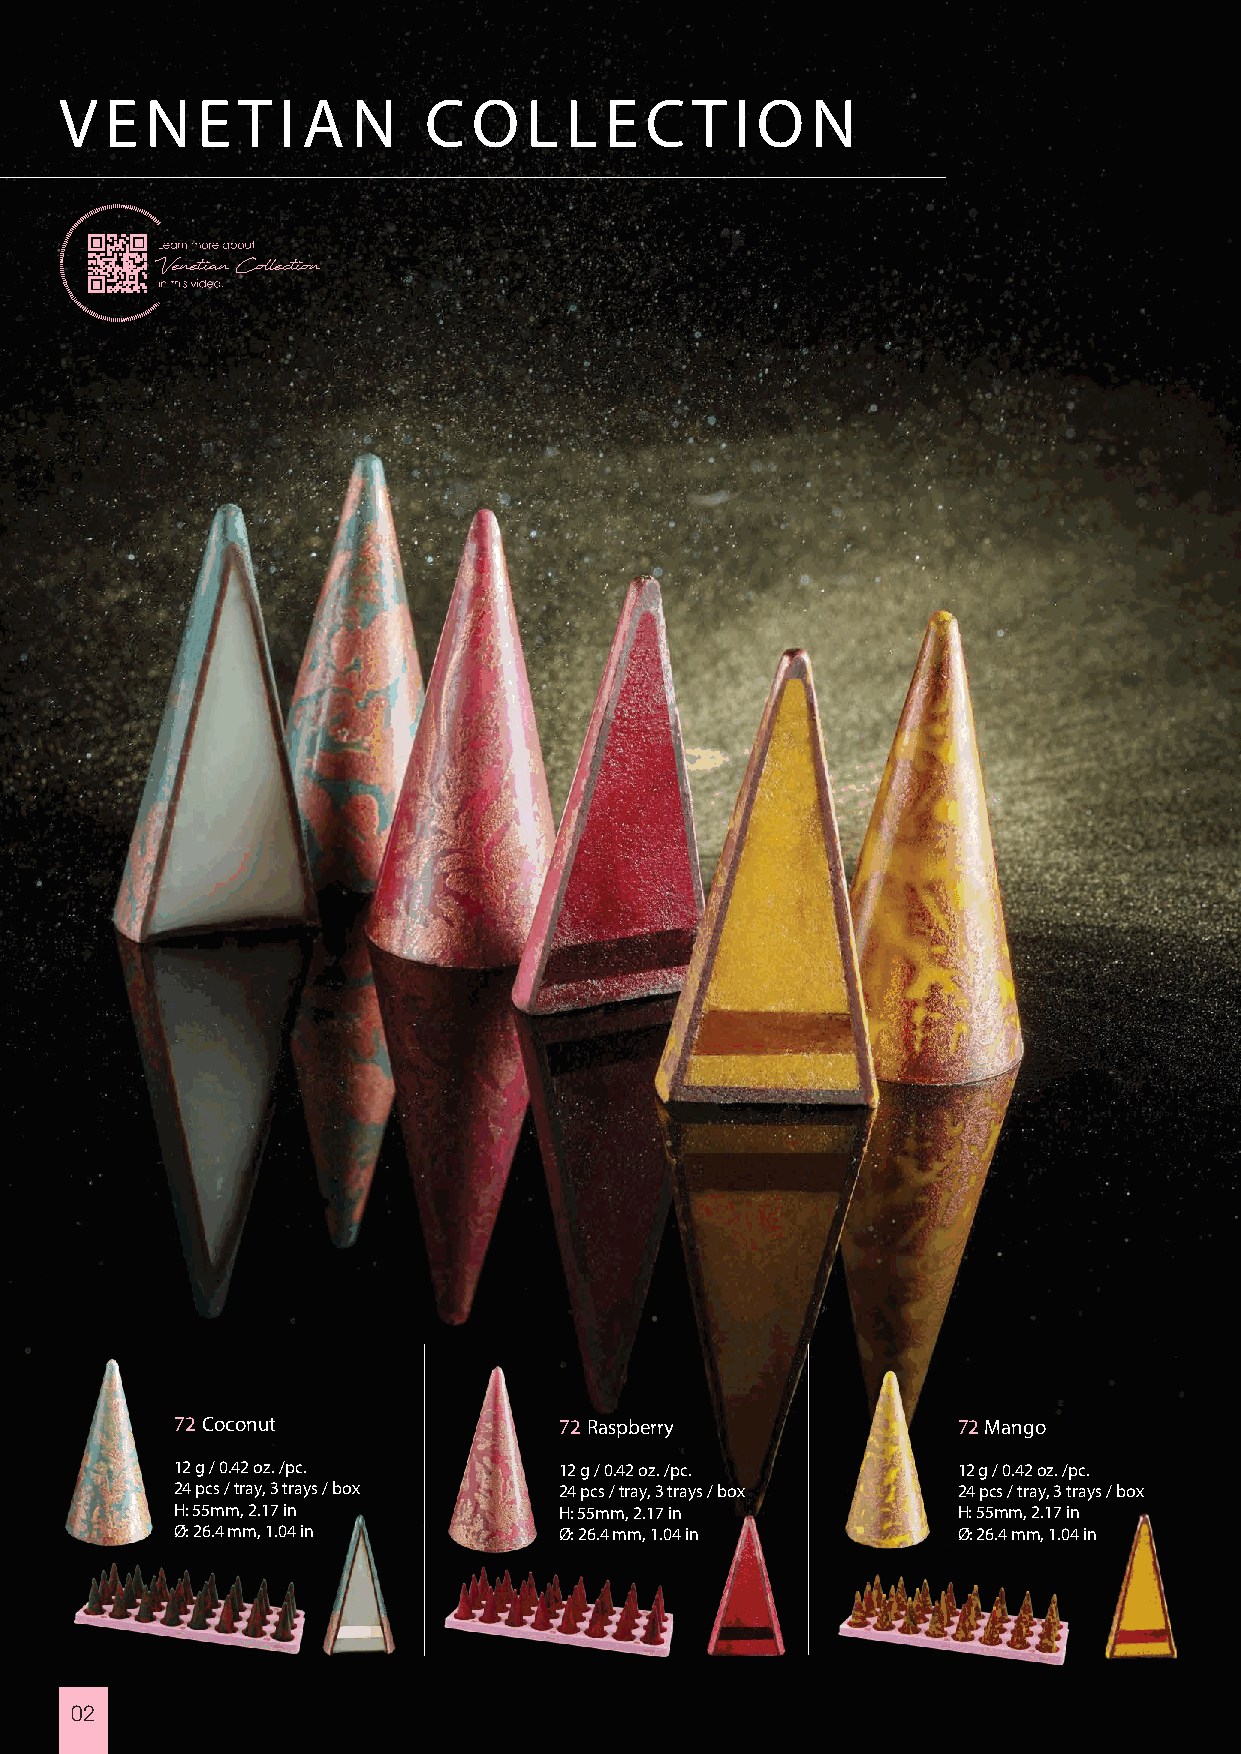
V  E  N  ET   I A  N    C  O   L LE    C  T  I ON
 Venetian Collection
 72 Coconut               72 Raspberry              72 Mango
 12 g / 0.42 oz. /pc.     12 g / 0.42 oz. /pc.      12 g / 0.42 oz. /pc.
 24 pcs / tray, 3 trays / box 24 pcs / tray, 3 trays / box 24 pcs / tray, 3 trays / box
 H: 55mm, 2.17 in         H: 55mm, 2.17 in          H: 55mm, 2.17 in
 Ø: 26.4 mm, 1.04 in      Ø: 26.4 mm, 1.04 in       Ø: 26.4 mm, 1.04 in
 02